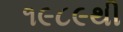
૧૯૮૯થી